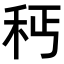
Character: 𥝽